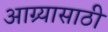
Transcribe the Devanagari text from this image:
आग्र्यासाठी